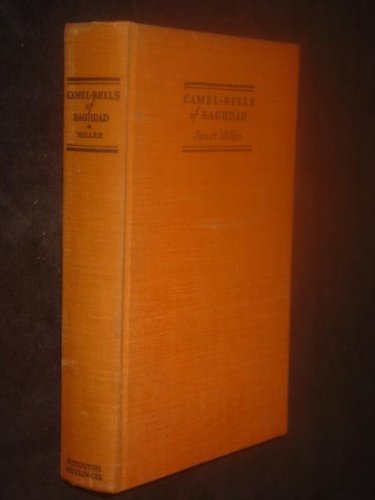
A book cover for Camel-bells of Baghdad: An adventurous journey to the city of the Arabian nights, the tower of Babel, the garden of Eden, the palace of Darius, the bazaars ... and the mountains and deserts of Persia; Janet Miller; Travel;